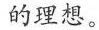
的理想。